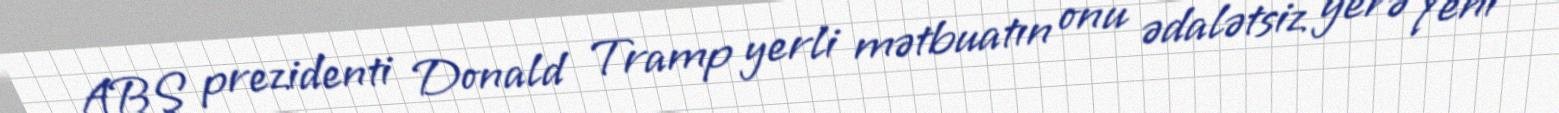
ABŞ prezidenti Donald Tramp yerli mətbuatın onu ədalətsiz yerə Yeni